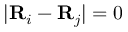
\lvert \mathbf { R } _ { i } - \mathbf { R } _ { j } \rvert = 0